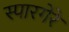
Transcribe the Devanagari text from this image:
स्पारगेरे